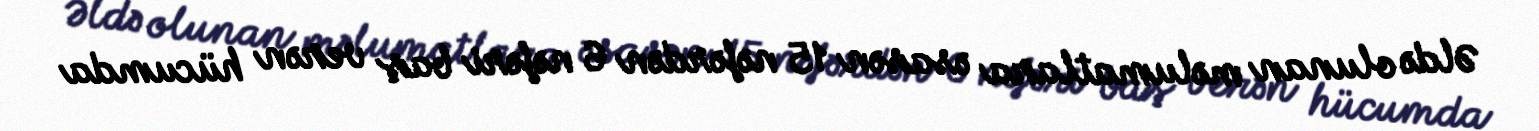
Əldə olunan məlumatlara əsasən 15 nəfərdən 6 nəfəri baş verən hücumda